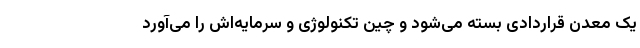
یک معدن قراردادی بسته می‌شود و چین تکنولوژی و سرمایه‌اش را می‌آورد